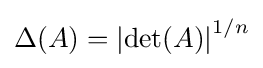
\Delta (A)=\left|\det(A)\right|^{1/n}